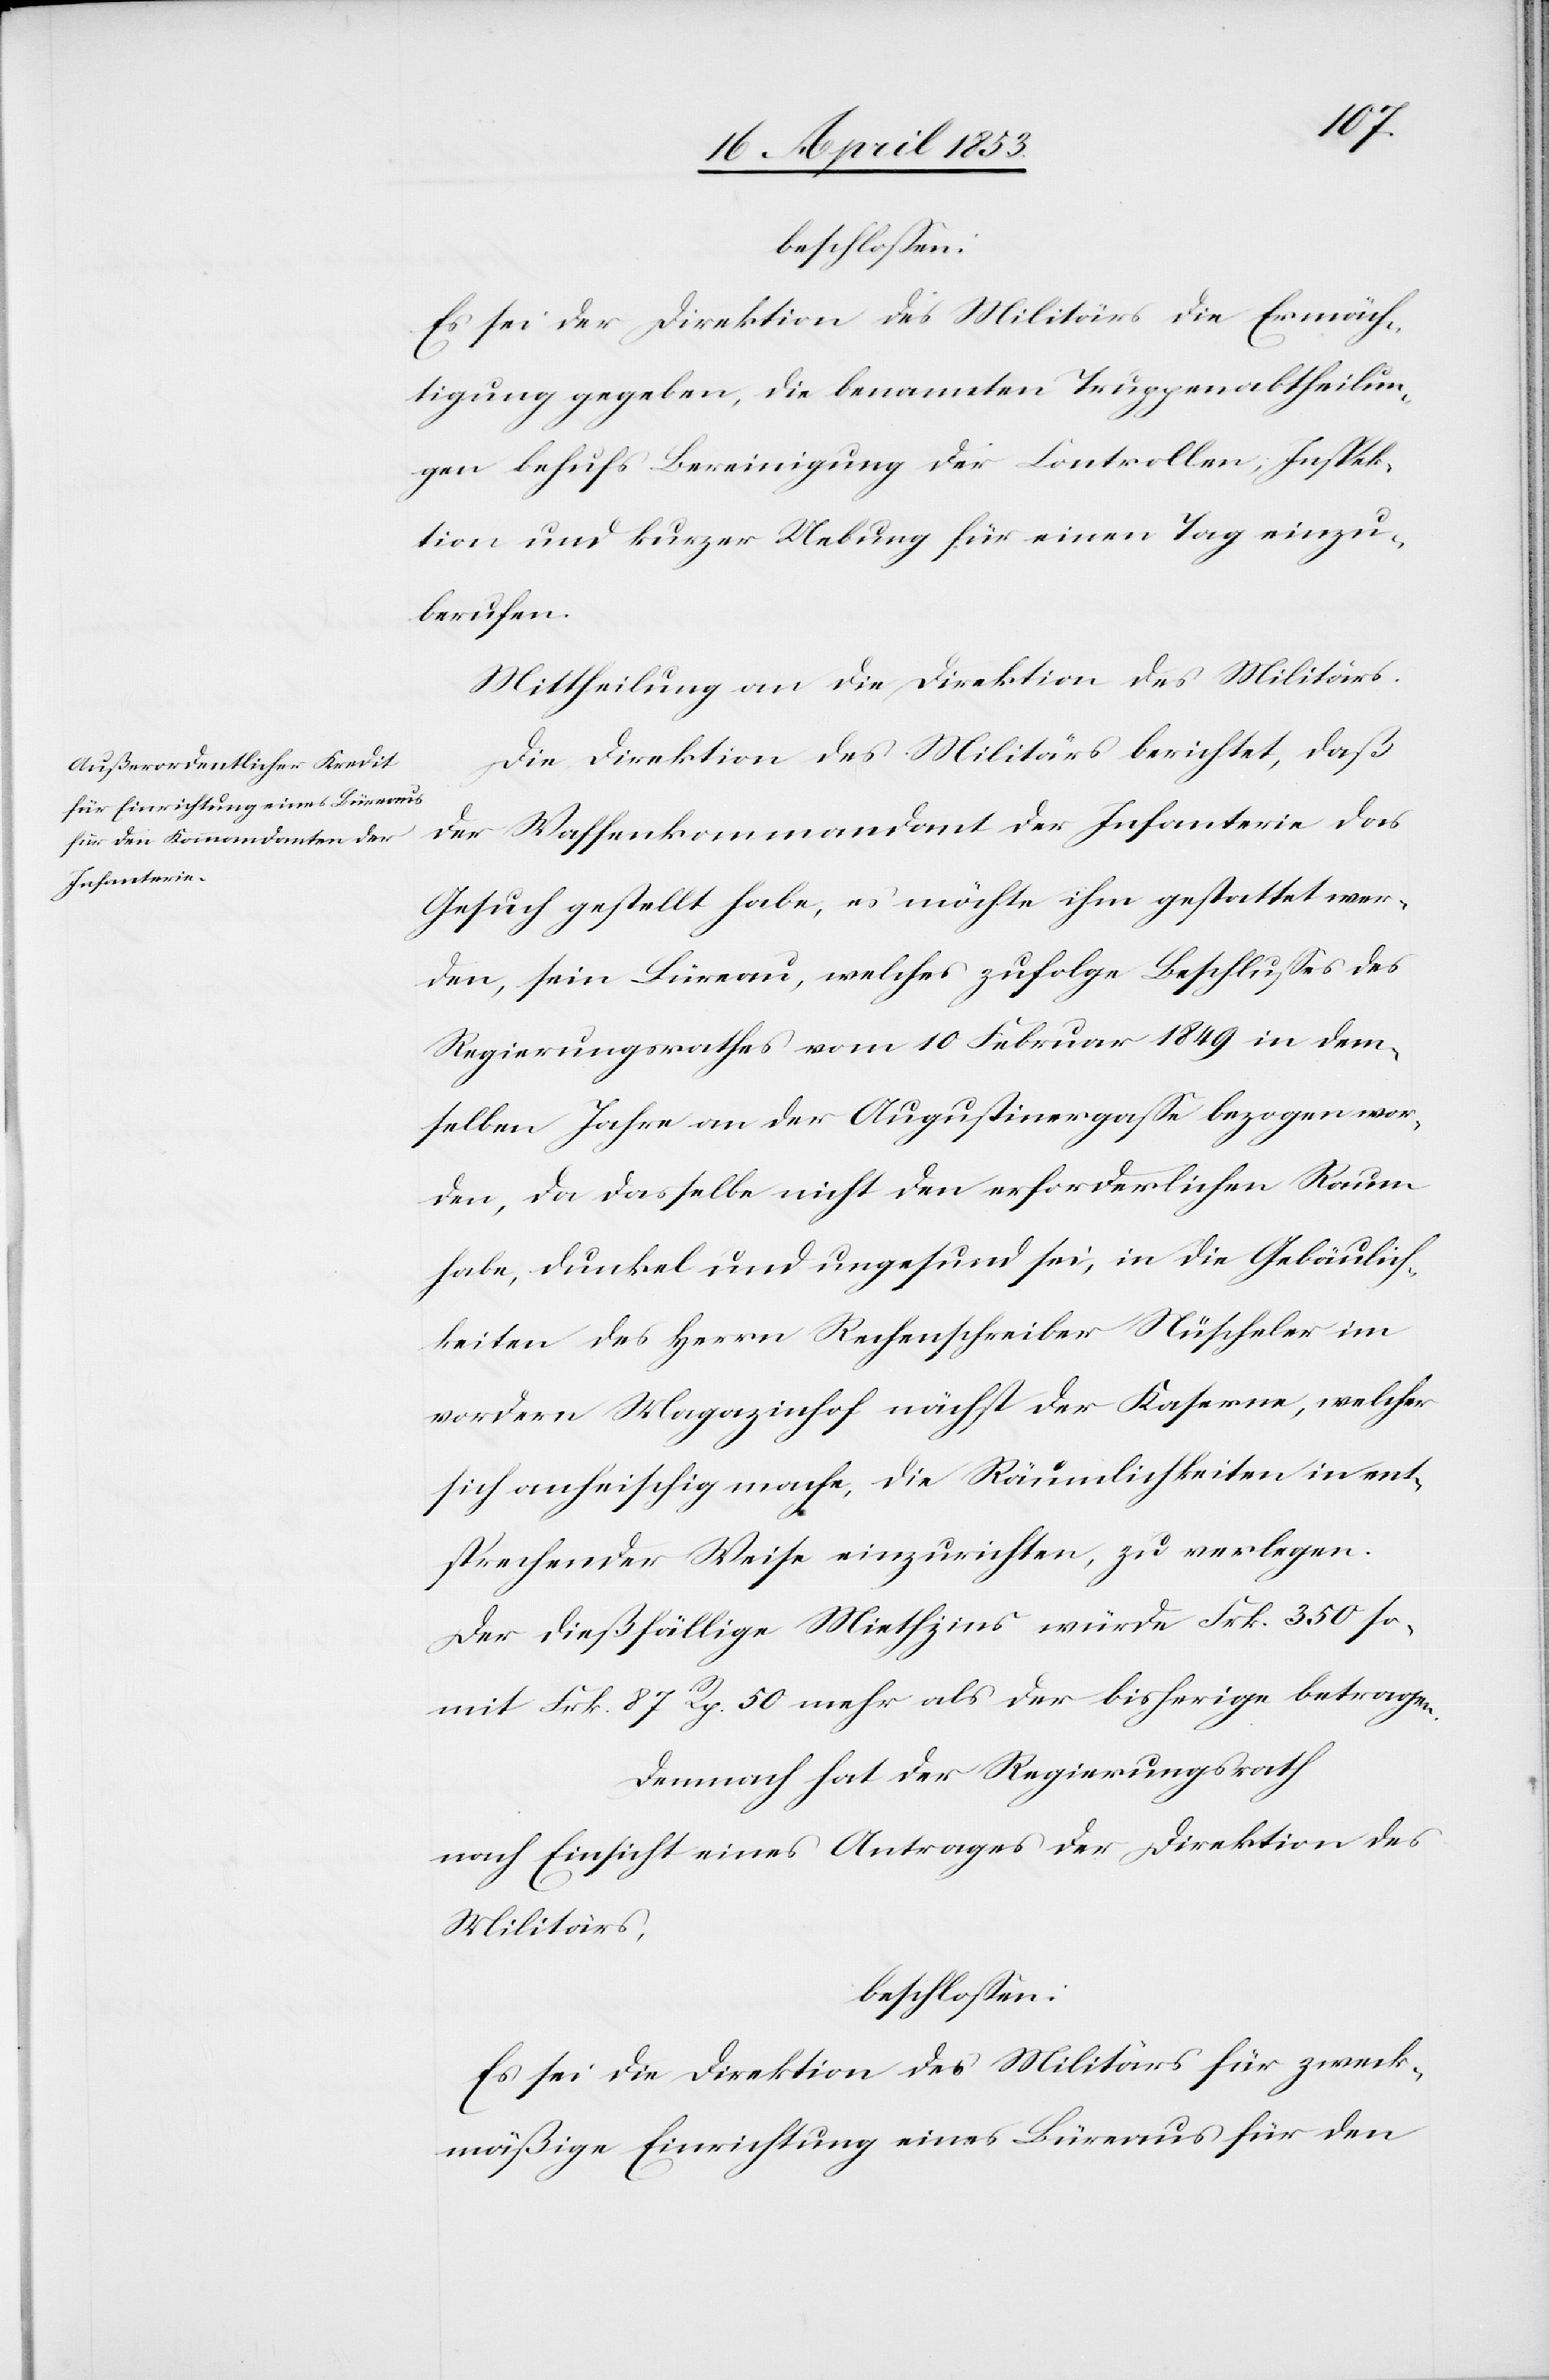
beschloßen:
Es sei der Direktion des Militärs die Ermäch¬
tigung gegeben, die benannten Truppenabtheilun¬
gen behufs Bereinigung der Kontrollen, Inspek¬
tion und kurzer Uebung für einen Tag einzu¬
berufen.
Mittheilung an die Direktion des Militärs.
Die Direktion des Militärs berichtet, daß
der Waffenkommandant der Infanterie das
Gesuch gestellt habe, es möchte ihm gestattet wer¬
den, sein Büreau, welches zufolge Beschlußes des
Regierungsrathes vom 10 Februar 1849 in dem¬
selben Jahre an der Augustinergaße bezogen wor¬
den, da dasselbe nicht den erforderlichen Raum
habe, dunkel und ungesund sei, in die Gebäulich¬
keiten des Herrn Rechenschreiber Nüscheler im
vordern Magazinhof nächst der Kaserne, welcher
sich anheischig mache, die Räumlichkeiten in ent¬
sprechender Weise einzurichten, zu verlegen.
Der dießfällige Miethzins würde Frk. 350 so¬
mit Frk. 87 Rp. 50 mehr als der bisherige betragen.
Demnach hat der Regierungsrath
nach Einsicht eines Antrages der Direktion des
Militärs,
beschloßen:
Es sei der Direktion des Militärs für zweck¬
mäßige Einrichtung eines Büreaus für den